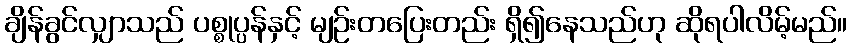
ချိန်ခွင်လျှာသည် ပစ္စုပ္ပန်နှင့် မျဉ်းတပြေးတည်း ရှိ၍နေသည်ဟု ဆိုရပါလိမ့်မည်။